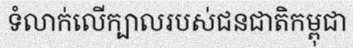
ទំលាក់លើក្បាលរបស់ជនជាតិកម្ពុជា